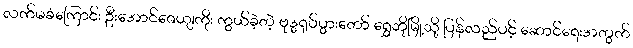
လက်မခံကြောင်း ဦးအောင်ဇေယျကိုး ကွယ်ခဲ့တဲ့ ဗုဒ္ဓရုပ်ပွားတော် ရွှေဘိုမြို့သို့ ပြန်လည်ပင့် ဆောင်ရေးအတွက်